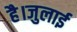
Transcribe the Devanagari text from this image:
है।जुलाई